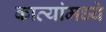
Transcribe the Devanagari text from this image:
काव्यांमध्ये